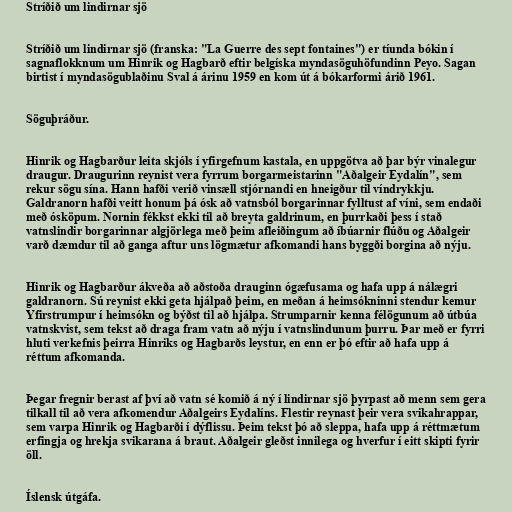
Stríðið um lindirnar sjö

Stríðið um lindirnar sjö (franska: "La Guerre des sept fontaines") er tíunda bókin í
sagnaflokknum um Hinrik og Hagbarð eftir belgíska myndasöguhöfundinn Peyo. Sagan
birtist í myndasögublaðinu Sval á árinu 1959 en kom út á bókarformi árið 1961.

Söguþráður.

Hinrik og Hagbarður leita skjóls í yfirgefnum kastala, en uppgötva að þar býr vinalegur
draugur. Draugurinn reynist vera fyrrum borgarmeistarinn "Aðalgeir Eydalín", sem
rekur sögu sína. Hann hafði verið vinsæll stjórnandi en hneigður til víndrykkju.
Galdranorn hafði veitt honum þá ósk að vatnsból borgarinnar fylltust af víni, sem endaði
með ósköpum. Nornin fékkst ekki til að breyta galdrinum, en þurrkaði þess í stað
vatnslindir borgarinnar algjörlega með þeim afleiðingum að íbúarnir flúðu og Aðalgeir
varð dæmdur til að ganga aftur uns lögmætur afkomandi hans byggði borgina að nýju.

Hinrik og Hagbarður ákveða að aðstoða drauginn ógæfusama og hafa upp á nálægri
galdranorn. Sú reynist ekki geta hjálpað þeim, en meðan á heimsókninni stendur kemur
Yfirstrumpur í heimsókn og býðst til að hjálpa. Strumparnir kenna félögunum að útbúa
vatnskvist, sem tekst að draga fram vatn að nýju í vatnslindunum þurru. Þar með er fyrri
hluti verkefnis þeirra Hinriks og Hagbarðs leystur, en enn er þó eftir að hafa upp á
réttum afkomanda.

Þegar fregnir berast af því að vatn sé komið á ný í lindirnar sjö þyrpast að menn sem gera
tilkall til að vera afkomendur Aðalgeirs Eydalíns. Flestir reynast þeir vera svikahrappar,
sem varpa Hinrik og Hagbarði í dýflissu. Þeim tekst þó að sleppa, hafa upp á réttmætum
erfingja og hrekja svikarana á braut. Aðalgeir gleðst innilega og hverfur í eitt skipti fyrir
öll.

Íslensk útgáfa.